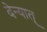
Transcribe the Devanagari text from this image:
देन्यात्